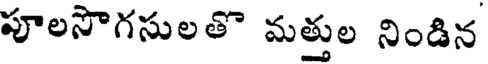
పూలసొగసులతొ మత్తుల నిండిన